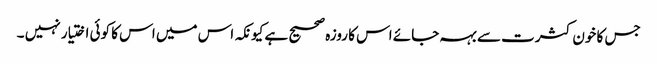
جس کا خون کثرت سے بہہ جائے اس کا روزہ صحیح ہے کیونکہ اس میں اس کا کوئی اختیار نہیں ۔